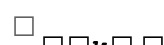
٥